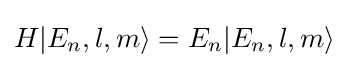
H|E_{n},l,m\rangle =E_{n}|E_{n},l,m\rangle